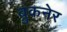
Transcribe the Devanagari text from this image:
ब्रुकनेर